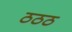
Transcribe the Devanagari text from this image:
ठठठ